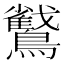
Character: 𮭜